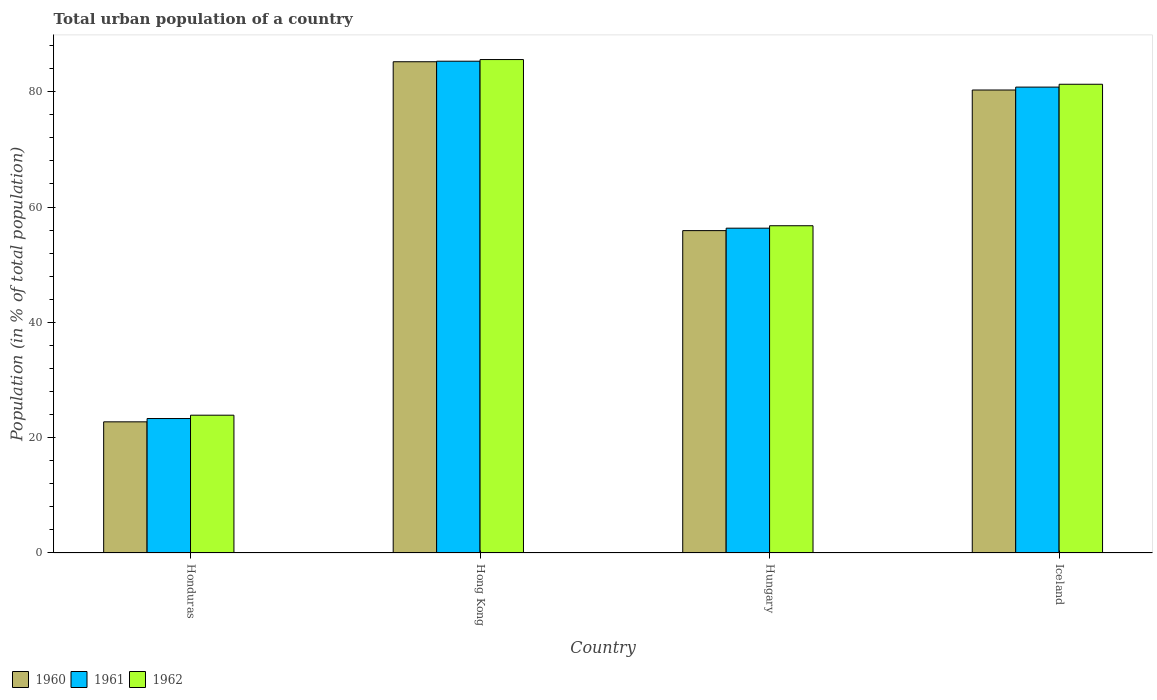
| Country | 1960 | 1961 | 1962 |
 | --- | --- | --- | --- |
 | Honduras | 22.7 | 23.3 | 23.9 |
 | Hong Kong | 85.2 | 85.3 | 85.6 |
 | Hungary | 55.9 | 56.3 | 56.8 |
 | Iceland | 80.3 | 80.8 | 81.3 |